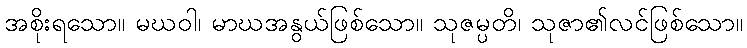
အစိုးရသော။ မဃဝါ၊ မာဃအနွယ်ဖြစ်သော။ သုဇမ္ပတိ၊ သုဇာ၏လင်ဖြစ်သော။